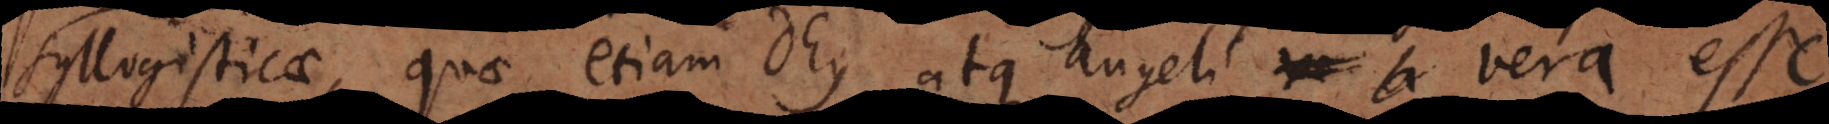
syllogisticae quae etiam Deus atque angeli vera esse